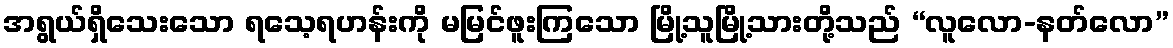
အရွယ်ရှိသေးသော ရသေ့ရဟန်းကို မမြင်ဖူးကြသော မြို့သူမြို့သားတို့သည် “လူလော-နတ်လော”